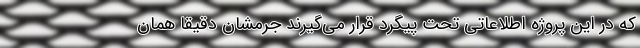
که در این پروژه اطلاعاتی تحت پیگرد قرار می‌گیرند جرمشان دقیقاً همان